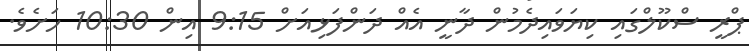
ޕްރީ ސްކޫލްގައި ކިޔަވައިދެމުން ދާނީ އެއް ދަންފަޅިއަށް 9:15 އިން 10:30 ހަށެވެ.